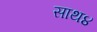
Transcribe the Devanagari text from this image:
साथ४